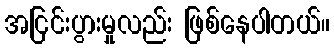
အငြင်းပွားမှုလည်း ဖြစ်နေပါတယ်။